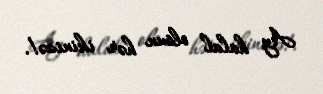
Ay halal olsun hər ikinizə!.